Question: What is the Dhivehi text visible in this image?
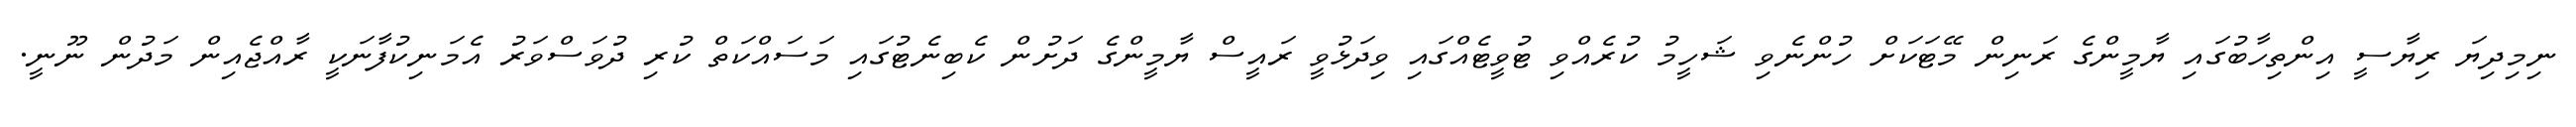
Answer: ނިމިދިޔަ ރިޔާސީ އިންތިހާބުގައި ޔާމީންގެ ރަނިން މޭޓަކަށް ހުންނެވި ޝަހީމު ކުރެއްވި ޓުވީޓެއްގައި ވިދަޅުވީ ރައީސް ޔާމީންގެ ދަށުން ކެބިނެޓުގައި މަސައްކަތް ކުރި ދުވަސްވަރު އެމަނިކުފާނަކީ ރާއްޖެއިން މަދުން ނޫނީ.